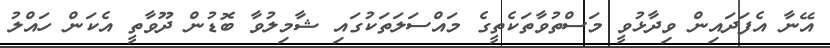
އޭނާ އެފަދައިން ވިދާޅުވީ މަސްތުވާތަކެތީގެ މައްސަލަތަކުގައި ޝާމިލުވާ ބޮޑުން ދޫވާތީ އެކަން ހައްލު